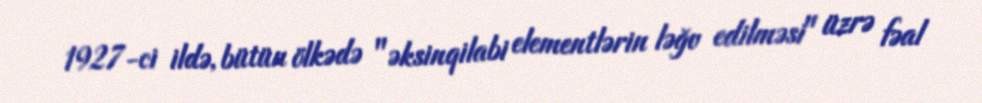
1927-ci ildə, bütün ölkədə "əksinqilabi elementlərin ləğv edilməsi" üzrə fəal